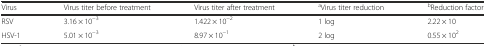
<table><thead><tr><td><b>Virus</b></td><td><b>Virus titer before treatment</b></td><td><b>Virus titer after treatment</b></td><td><b><sup>a</sup>Virus titer reduction</b></td><td><b><sup>b</sup>Reduction factor</b></td></tr></thead><tbody><tr><td>RSV</td><td>3.16 × 10<sup>−3</sup></td><td>1.422 × 10<sup>−2</sup></td><td>1 log</td><td>2.22 × 10</td></tr><tr><td>HSV-1</td><td>5.01 × 10<sup>−3</sup></td><td>8.97 × 10<sup>−1</sup></td><td>2 log</td><td>0.55 × 10<sup>2</sup></td></tr></tbody></table>